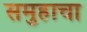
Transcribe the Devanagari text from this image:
समुहाचा